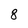
Character: 8